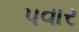
પવાર